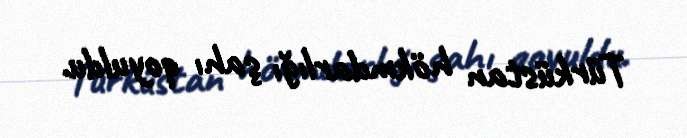
Türküstan hökmdarlığı şahı qoyuldu.